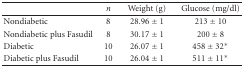
<table><thead><tr><td></td><td><b><i>n</i></b></td><td><b>Weight (g)</b></td><td><b>Glucose (mg/dl)</b></td></tr></thead><tbody><tr><td>Nondiabetic</td><td>8</td><td>28.96 ± 1</td><td>213 ± 10</td></tr><tr><td>Nondiabetic plus Fasudil</td><td>8</td><td>30.17 ± 1</td><td>200 ± 8</td></tr><tr><td>Diabetic</td><td>10</td><td>26.07 ± 1</td><td>458 ± 32*</td></tr><tr><td>Diabetic plus Fasudil</td><td>10</td><td>26.04 ± 1</td><td>511 ± 11*</td></tr></tbody></table>